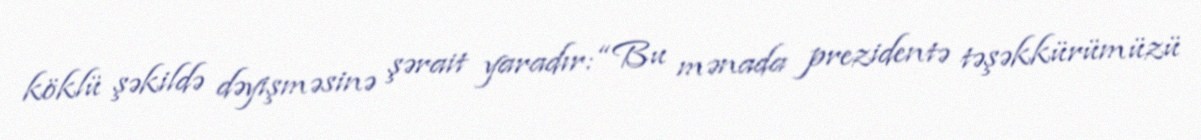
köklü şəkildə dəyişməsinə şərait yaradır: “Bu mənada prezidentə təşəkkürümüzü